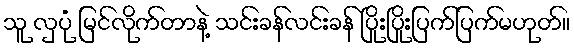
သူ လှပုံ မြင်လိုက်တာနဲ့ သင်းခန်လင်းခန် ပြိုးပြိုးပြက်ပြက်မဟုတ်။